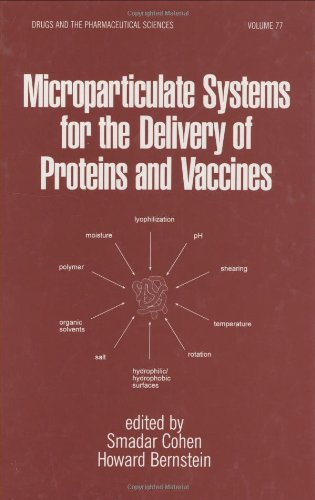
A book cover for Microparticulate Systems for the Delivery of Proteins and Vaccines (Drugs and the Pharmaceutical Sciences); Medical Books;